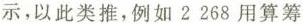
示，以此类推，例如2268用算筹